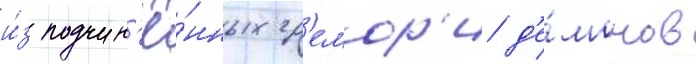
и́з подчин'ё́нных гр'емор'и д'е́монов